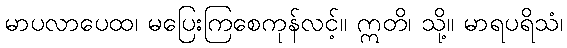
မာပလာပေထ၊ မပြေးကြစေကုန်လင့်။ ဣတိ၊ သို့။ မာရပရိသံ၊